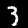
Label: 3